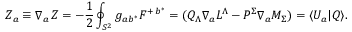
Z _ { a } \equiv \nabla _ { a } \, Z = - { \frac { 1 } { 2 } } \oint _ { S ^ { 2 } } g _ { a b ^ { * } } { \cal F } ^ { + \, b ^ { * } } = ( Q _ { \Lambda } \nabla _ { a } L ^ { \Lambda } - P ^ { \Sigma } \nabla _ { a } M _ { \Sigma } ) = \langle U _ { a } | { \cal Q } \rangle .